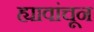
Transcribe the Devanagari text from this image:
ह्यावांचून